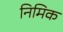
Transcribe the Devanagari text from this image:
निमिक